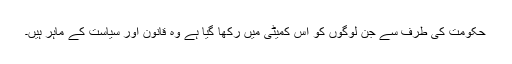
حکومت کی طرف سے جن لوگوں کو اس کمیٹی میں رکھا گیا ہے وہ قانون اور سیاست کے ماہر ہیں۔